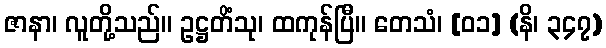
ဇာနာ၊ လူတို့သည်။ ဥဋ္ဌတိံသု၊ ထကုန်ပြီ။ တေသံ၊ [၀၁] (နိ၊ ၃၄၇)